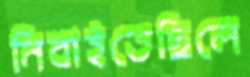
নিবাইতেছিলে